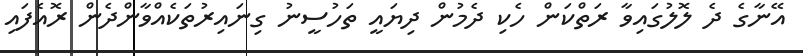
އޭނާގެ ދެ ލޮލުގައިވާ ރަތްކަން ހެކި ދެމުން ދިޔައީ ތަހުސީނު ގިނައިރުތަކެއްވާންދެން ރޮއެފައި